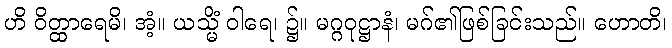
ဟိ ဝိတ္ထာရေမိ၊ အံ့။ ယသ္မိံ ဝါရေ၊ ၌။ မဂ္ဂဝုဋ္ဌာနံ၊ မဂ်၏ဖြစ်ခြင်းသည်။ ဟောတိ၊